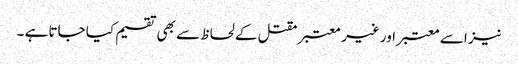
نیز اسے معتبر اور غیر معتبر مقتل کے لحاظ سے بھی تقسیم کیا جاتا ہے ۔